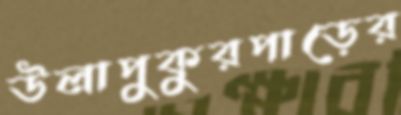
উলাপুকুরপাড়ের